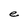
Character: e